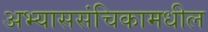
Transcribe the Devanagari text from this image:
अभ्याससंचिकामधील